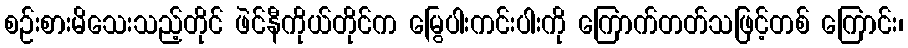
စဉ်းစားမိသေးသည့်တိုင် ဖဲင်နီကိုယ်တိုင်က မြွေပါးကင်းပါးကို ကြောက်တတ်သဖြင့်တစ် ကြောင်း၊